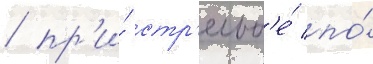
/ пр'и́ стр'ельб'е́ по́